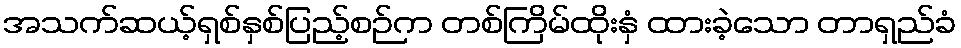
အသက်ဆယ့်ရှစ်နှစ်ပြည့်စဉ်က တစ်ကြိမ်ထိုးနှံ ထားခဲ့သော တာရှည်ခံ